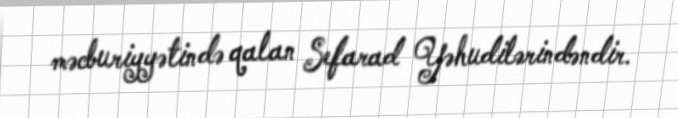
məcburiyyətində qalan Sefarad Yəhudilərindəndir.